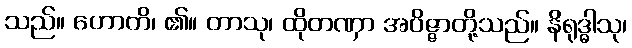
သည်။ ဟောတိ၊ ၏။ တာသု၊ ထိုတဏှာ အဝိဇ္ဇာတို့သည်။ နိရုဒ္ဓါသု၊